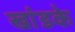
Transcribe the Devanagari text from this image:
खांडके